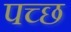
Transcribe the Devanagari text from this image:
पच्छ